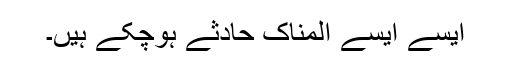
ایسے ایسے المناک حادثے ہوچکے ہیں۔